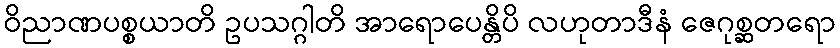
ဝိညာဏပစ္စယာတိ ဥပသဂ္ဂါတိ အာရောပေန္တိပိ လဟုတာဒီနံ ဇေဂုစ္ဆတရော